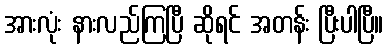
အားလုံး နားလည်ကြပြီ ဆိုရင် အတန်း ပြီးပါပြီ။